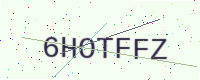
Text: 6HOTFFZ